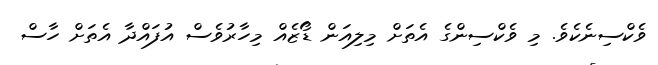
ވެކްސިނެކެވެ. މި ވެކްސިންގެ އެތަށް މިލިއަން ޑޯޒެއް މިހާރުވެސް އުފައްދާ އެތަށް ހާސް